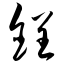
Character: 锃